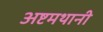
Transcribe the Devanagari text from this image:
अष्टमथानी